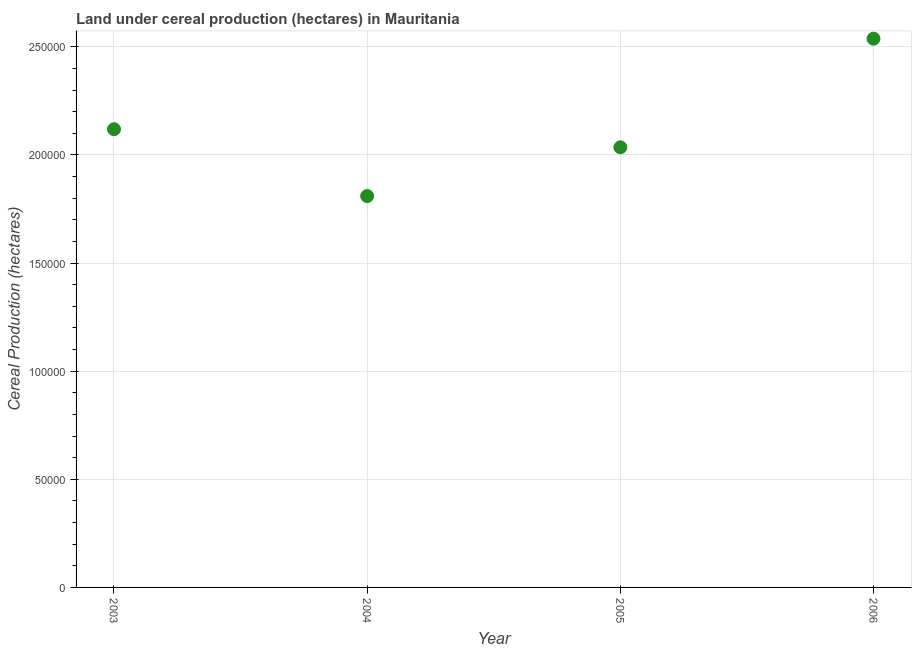
| Year | Land under cereal production (hectares) |
 | --- | --- |
 | 2003 | 2.12e+05 |
 | 2004 | 1.81e+05 |
 | 2005 | 2.04e+05 |
 | 2006 | 2.54e+05 |